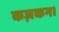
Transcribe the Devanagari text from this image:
कज़कन।